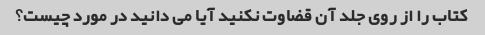
کتاب را از روی جلد آن قضاوت نکنید آیا می دانید در مورد چیست؟